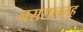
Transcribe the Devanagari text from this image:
नसराललह